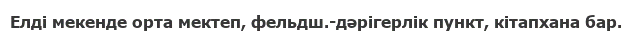
Елді мекенде орта мектеп, фельдш.-дәрігерлік пункт, кітапхана бар.